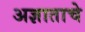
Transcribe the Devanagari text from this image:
अज्ञाताचे